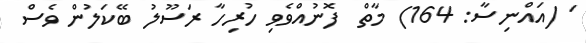
' (އައްނިސާ: 164) މާތް  ފޮނުއްވެވި ހުރިހާ ރަސޫލު ބޭކަލުން ވެސް